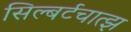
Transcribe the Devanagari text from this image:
सिल्बर्टचात्झ